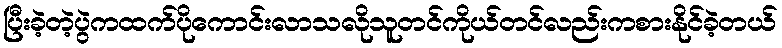
ပြီးခဲ့တဲ့ပွဲကထက်ပိုကောင်းလာသလိုသူတင်ကိုယ်တင်လည်းကစားနိုင်ခဲ့တယ်